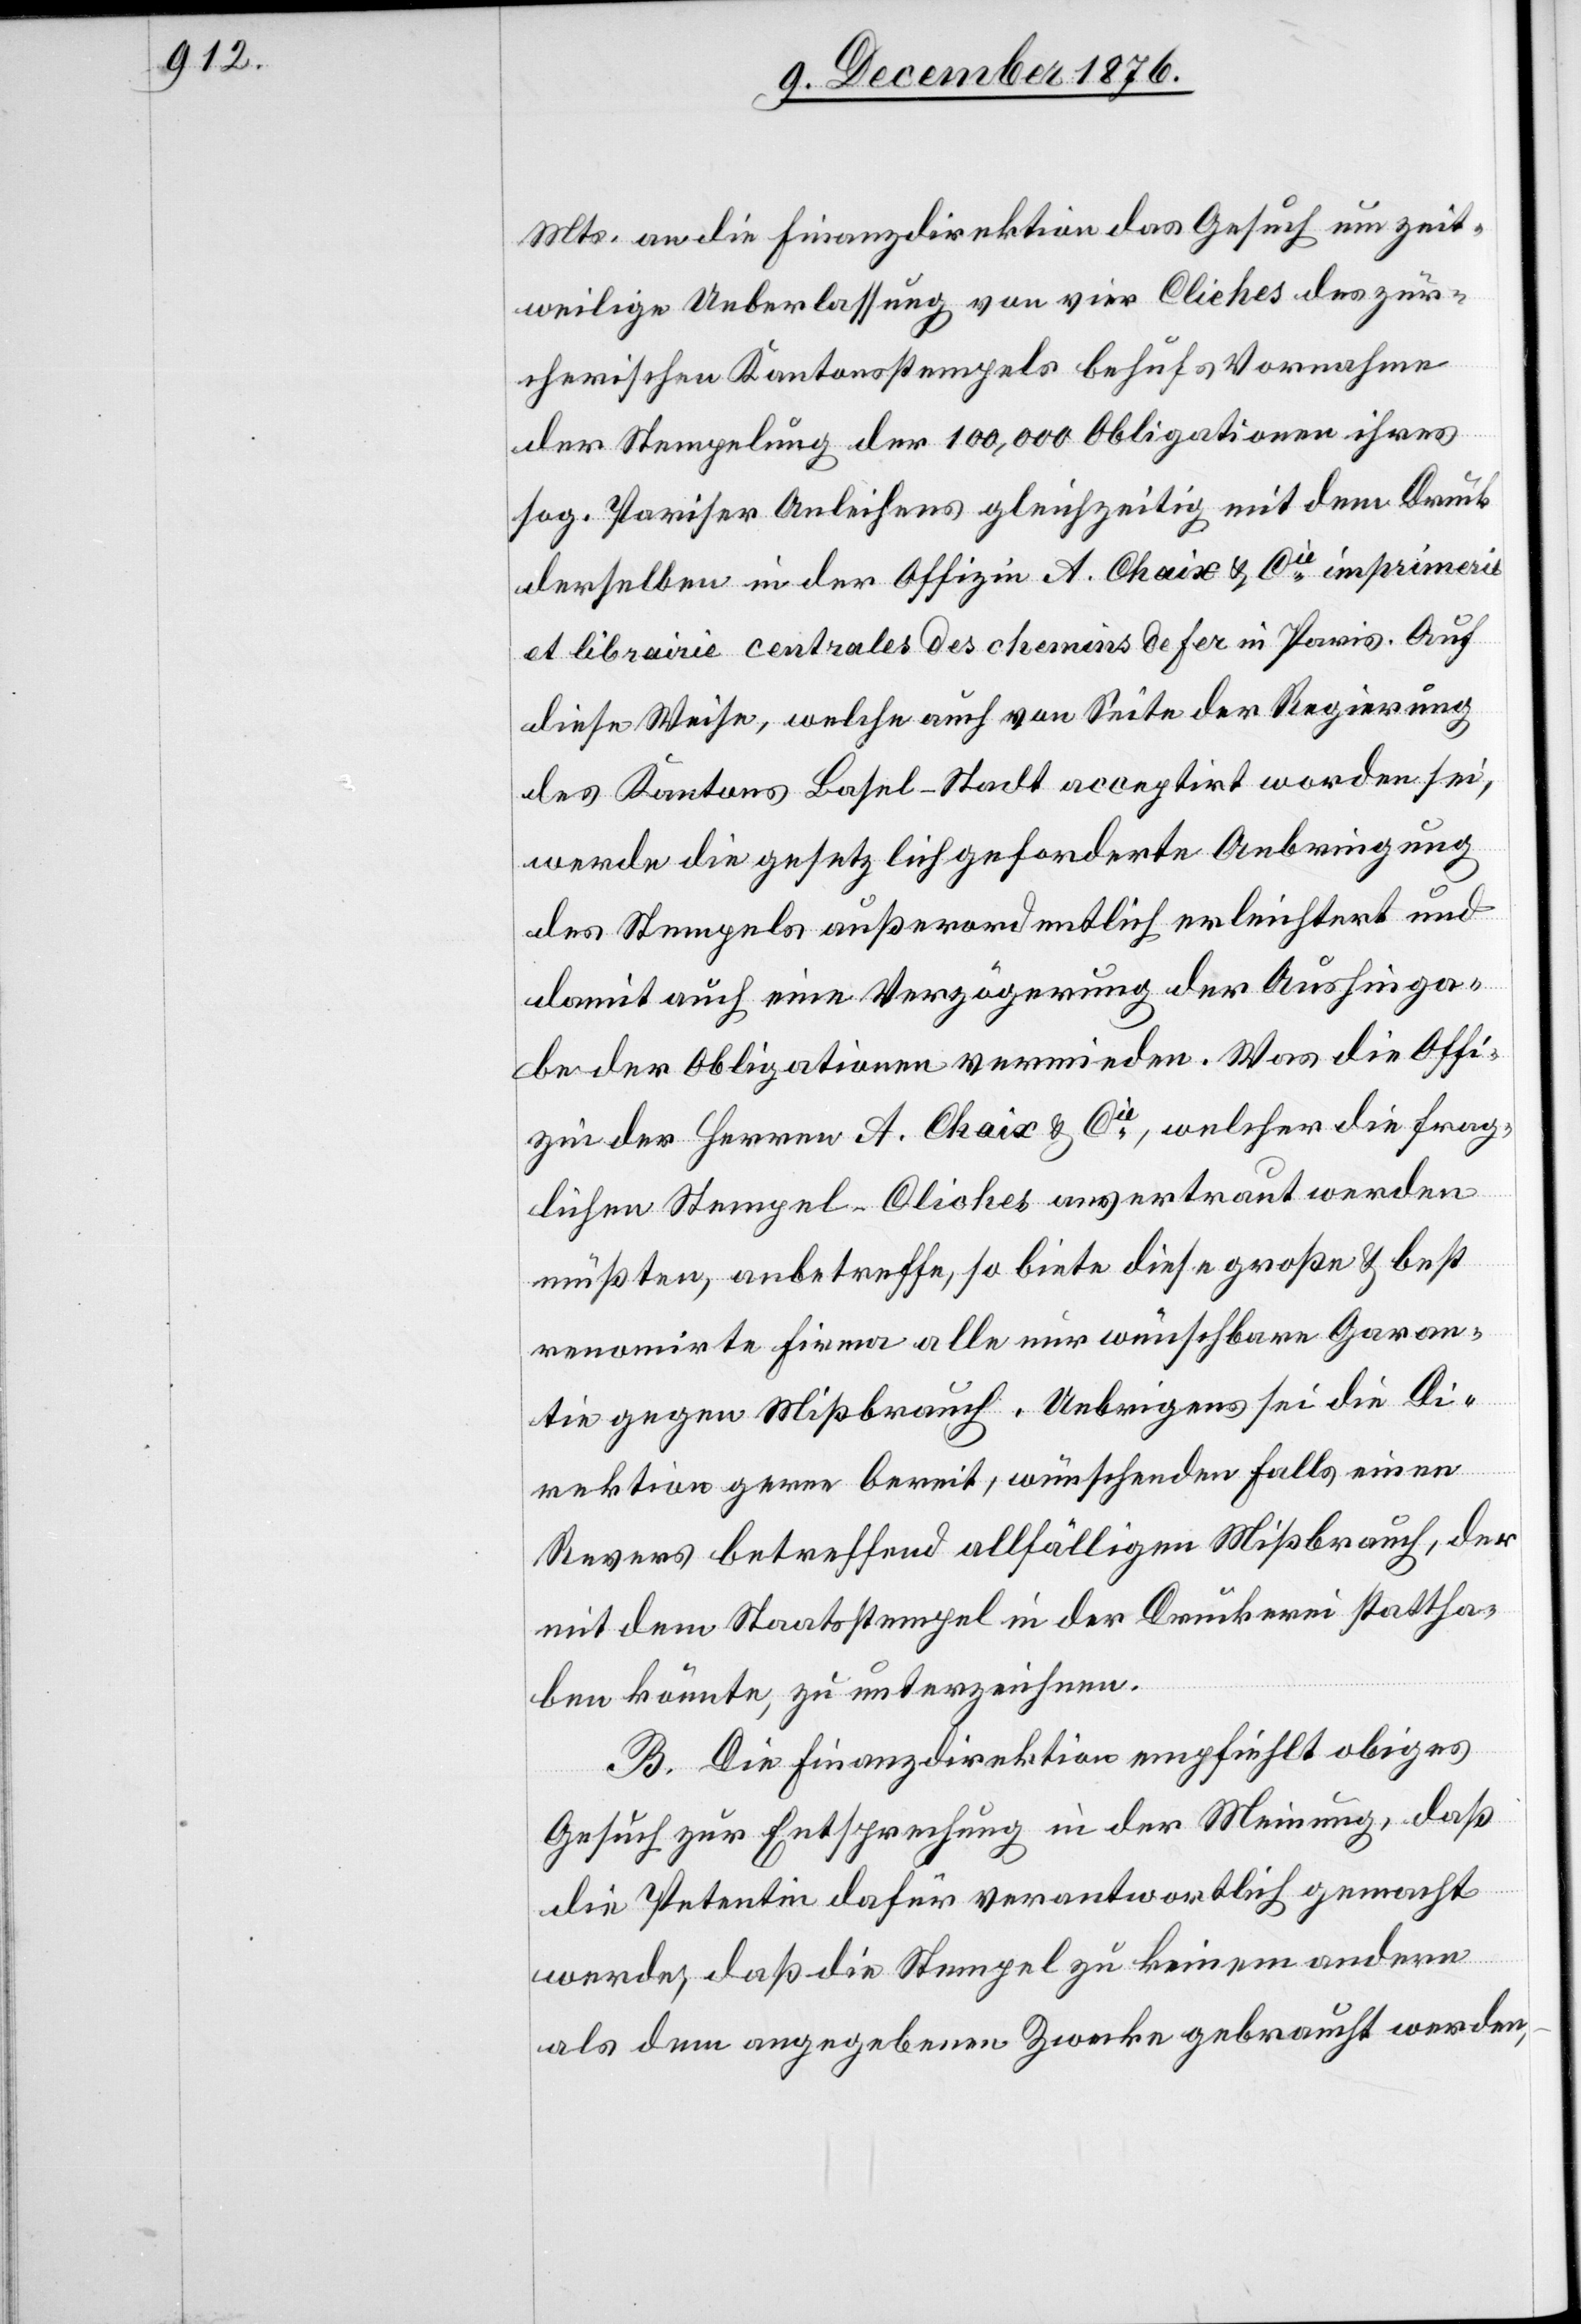
Mts. an die Finanzdirektion das Gesuch um zeit¬
weilige Ueberlassung von vier Cliches des zür¬
cherischen Kantonsstempels behufs Vornahme
der Stempelung der 100,000 Obligationen ihres
sog. Pariser Anleihens gleichzeitig mit dem Druck
derselben in der Offizie A. Chaix & Cie imprimesis
et librairie centrales des chemins de fer in Paris. Auf
diese Weise, welche auch von Seite der Regierung
des Kantons Basel-Stadt acceptirt worden sei,
werde die gesetzlich geforderte Anbringung
des Stempels außerordentlich erleichtert und
damit auch eine Verzögerung der Aushinga¬
be der Obligationen vermieden. Was die Offi¬
zie der Herren A. Chaix & Cie, welcher die frag¬
lichen Stempel-Cliches anvertraut werden
müßten, anbetreffe, so biete diese große & best
renomirte Firma alle nur wünschbare Garan¬
tie gegen Mißbrauch. Uebrigens sei die Di¬
rektion gerne bereit, wünschenden Falls einen
Revers betreffend allfälligen Mißbrauch, der
mit dem Staatsstempel in der Druckerei stattha¬
ben könnte, zu unterzeichnen.
B. Die Finanzdirektion empfiehlt obiges
Gesuch zur Entsprechung in der Meinung, daß
die Petentin dafür verantwortlich gemacht
werde, daß die Stempel zu keinem andern
als dem angegebenen Zwecke gebraucht werden,